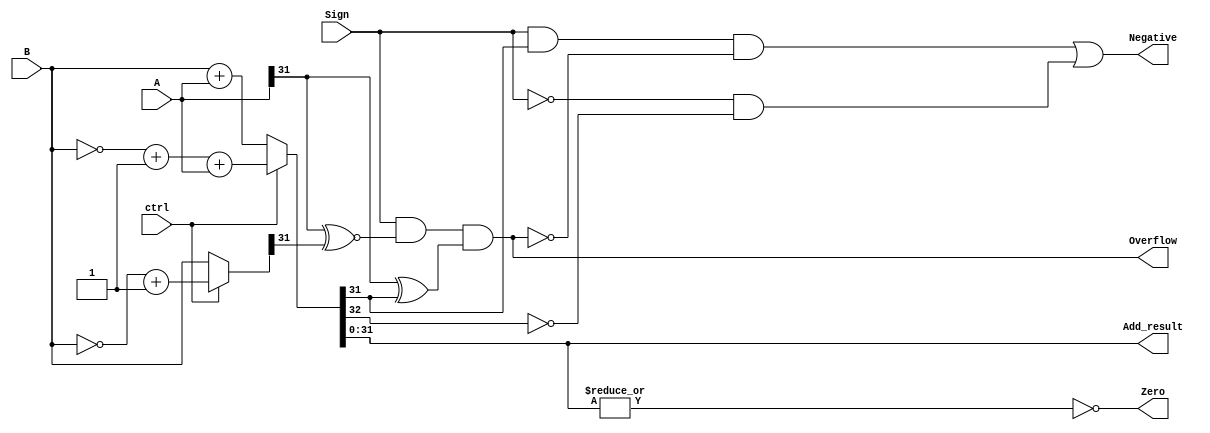
module Add(A,B,ctrl,Sign,Add_result,Zero,Overflow,Negative);

input [31:0] A;
input [31:0] B;
input ctrl;
input Sign;

output [31:0] Add_result;
output Zero;
output Overflow;
output Negative;

wire [31:0] B1;
wire Overflow_sign;

assign B1=(ctrl==1)?(~B)+1:B;
assign {Overflow_sign,Add_result}=(ctrl==1)?(~B)+1+A:B+A;
assign Zero=~|Add_result;
assign Overflow=Sign & (A[31]^~B1[31]) & (A[31]^Add_result[31]);
assign Negative=(Sign&Add_result[31]&~Overflow) | (~Sign&~Overflow_sign);

endmodule